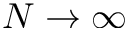
N \to \infty